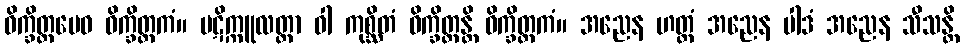
ဝိက္ခိတ္တမေဝ ဝိက္ခိတ္တကံ။ ပဋိက္ကူလတ္တာ ဝါ ကုစ္ဆိတံ ဝိက္ခိတ္တန္တိ ဝိက္ခိတ္တကံ။ အညေန ဟတ္ထံ အညေန ပါဒံ အညေန သီသန္တိ